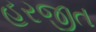
હરજીત